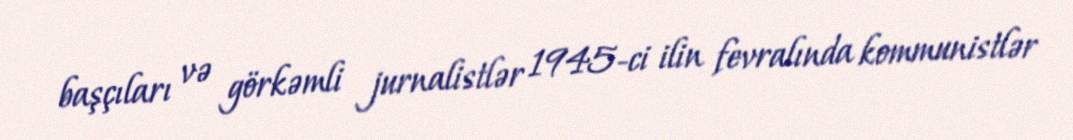
başçıları və görkəmli jurnalistlər 1945-ci ilin fevralında kommunistlər